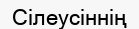
Сілеусіннің